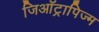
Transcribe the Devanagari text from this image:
जिऑट्रापिज्म